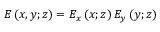
E \left( x , y ; z \right) = E _ { x } \left( x ; z \right) E _ { y } \left( y ; z \right)